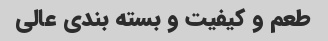
طعم و کیفیت و بسته بندی عالی